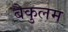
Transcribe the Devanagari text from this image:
बैकुलम